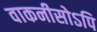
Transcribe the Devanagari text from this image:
वाकनीसोऽपि